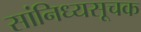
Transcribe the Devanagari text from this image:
सांनिध्यसूचक